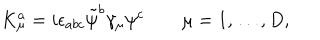
K _ { \mu } ^ { a } = i \epsilon _ { a b c } \tilde { \psi } ^ { b } \gamma _ { \mu } \psi ^ { c } \qquad \mu = 1 , \dots , D ,